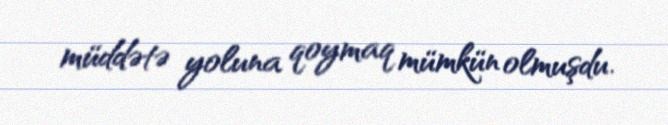
müddətə yoluna qoymaq mümkün olmuşdu.